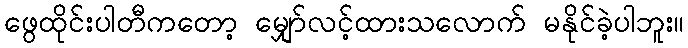
ဖွေထိုင်းပါတီကတော့ မျှော်လင့်ထားသလောက် မနိုင်ခဲ့ပါဘူး။